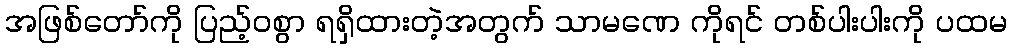
အဖြစ်တော်ကို ပြည့်ဝစွာ ရရှိထားတဲ့အတွက် သာမဏေ ကိုရင် တစ်ပါးပါးကို ပထမ